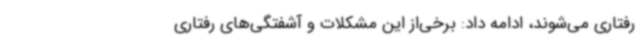
رفتاری می‌شوند، ادامه داد: برخی‌از این مشکلات و آشفتگی‌های رفتاری